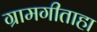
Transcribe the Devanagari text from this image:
ग्रामगीताहा